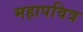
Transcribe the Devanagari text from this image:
महापवित्र